Annual administration and progress report of the Indian Medical Department, Bombay
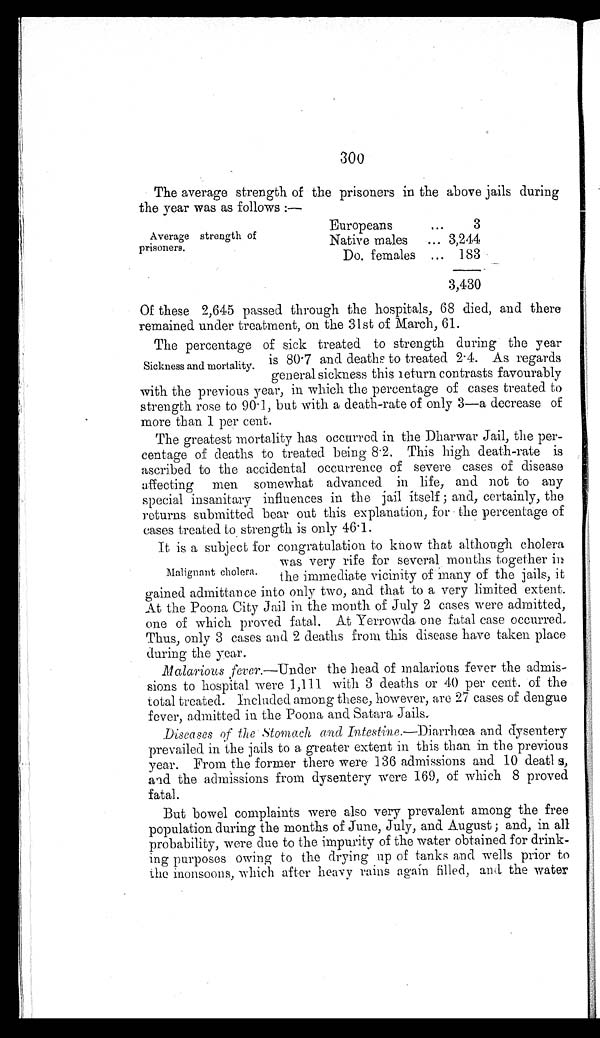
300
The average strength of the prisoners in the above jails during
the year was as follows :—
Europeans . . .
3
Average strength of
prisoners.
Native males . . . 3,244
Do. females . . . 183
3,430
Of these 2,645 passed through the hospitals, 68 died, and there
remained under treatment, on the 31st of March, 61.
The percentage of sick treated to strength during the year
is 80.7 and deaths to treated 2.4. As regards
general sickness this return contrasts favourably
with the previous year, in which the percentage of cases treated to
strength rose to 90.1, but with a death-rate of only 3—a decrease of
more than 1 per cent.
The greatest mortality has occurred in the Dharwar Jail, the per-
centage of deaths to treated being 8.2. This high death-rate is
ascribed to the accidental occurrence of severe cases of disease
affecting men somewhat advanced in life, and not to any
special insanitary influences in the jail itself ; and, certainly, the
returns submitted bear out this explanation, for the percentage of
cases treated to strength is only 46.1.
It is a subject for congratulation to know that although cholera
was very rife for several months together in
the immediate vicinity of many of the jails, it
gained admittance into only two, and that to a very limited extent.
At the Poona City Jail in the month of July 2 cases were admitted,
one of which proved fatal. At Yerrowda one fatal case occurred.
Thus, only 3 cases and 2 deaths from this disease have taken place
during the year.
Malarious fever.—Under the head of malarious fever the admis-
sions to hospital were 1,111 with 3 deaths or 40 per cent. of the
total treated. Included among these, however, are 27 cases of dengue
fever, admitted in the Poona and Satara Jails.
Diseases of the Stomach and I ntestine.—Diarrhœa and dysentery
prevailed in the jails to a greater extent in this than in the previous
year. From the former there were 136 admissions and 10 deatls,
and the admissions from dysentery were 169, of which 8 proved
fatal.
But bowel complaints were also very prevalent among the free
population during the months of June, July, and August ; and, in all
probability, were due to the impurity of the water obtained for drink-
ing purposes owing to the drying up of tanks and wells prior to
the monsoons, which after heavy rains again filled, and the water
Sickness and mortality.
Malignant cholera.